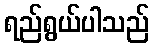
ရည်ရွယ်ပါသည်